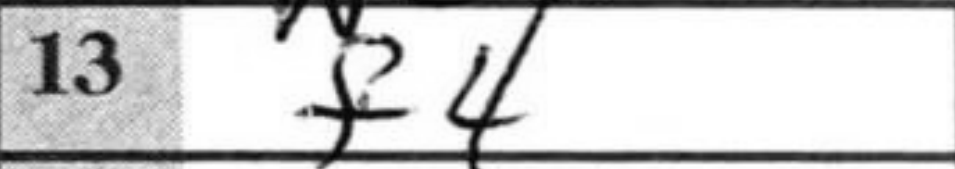
Transcription: f4